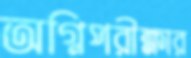
অগ্নিপরীক্ষার